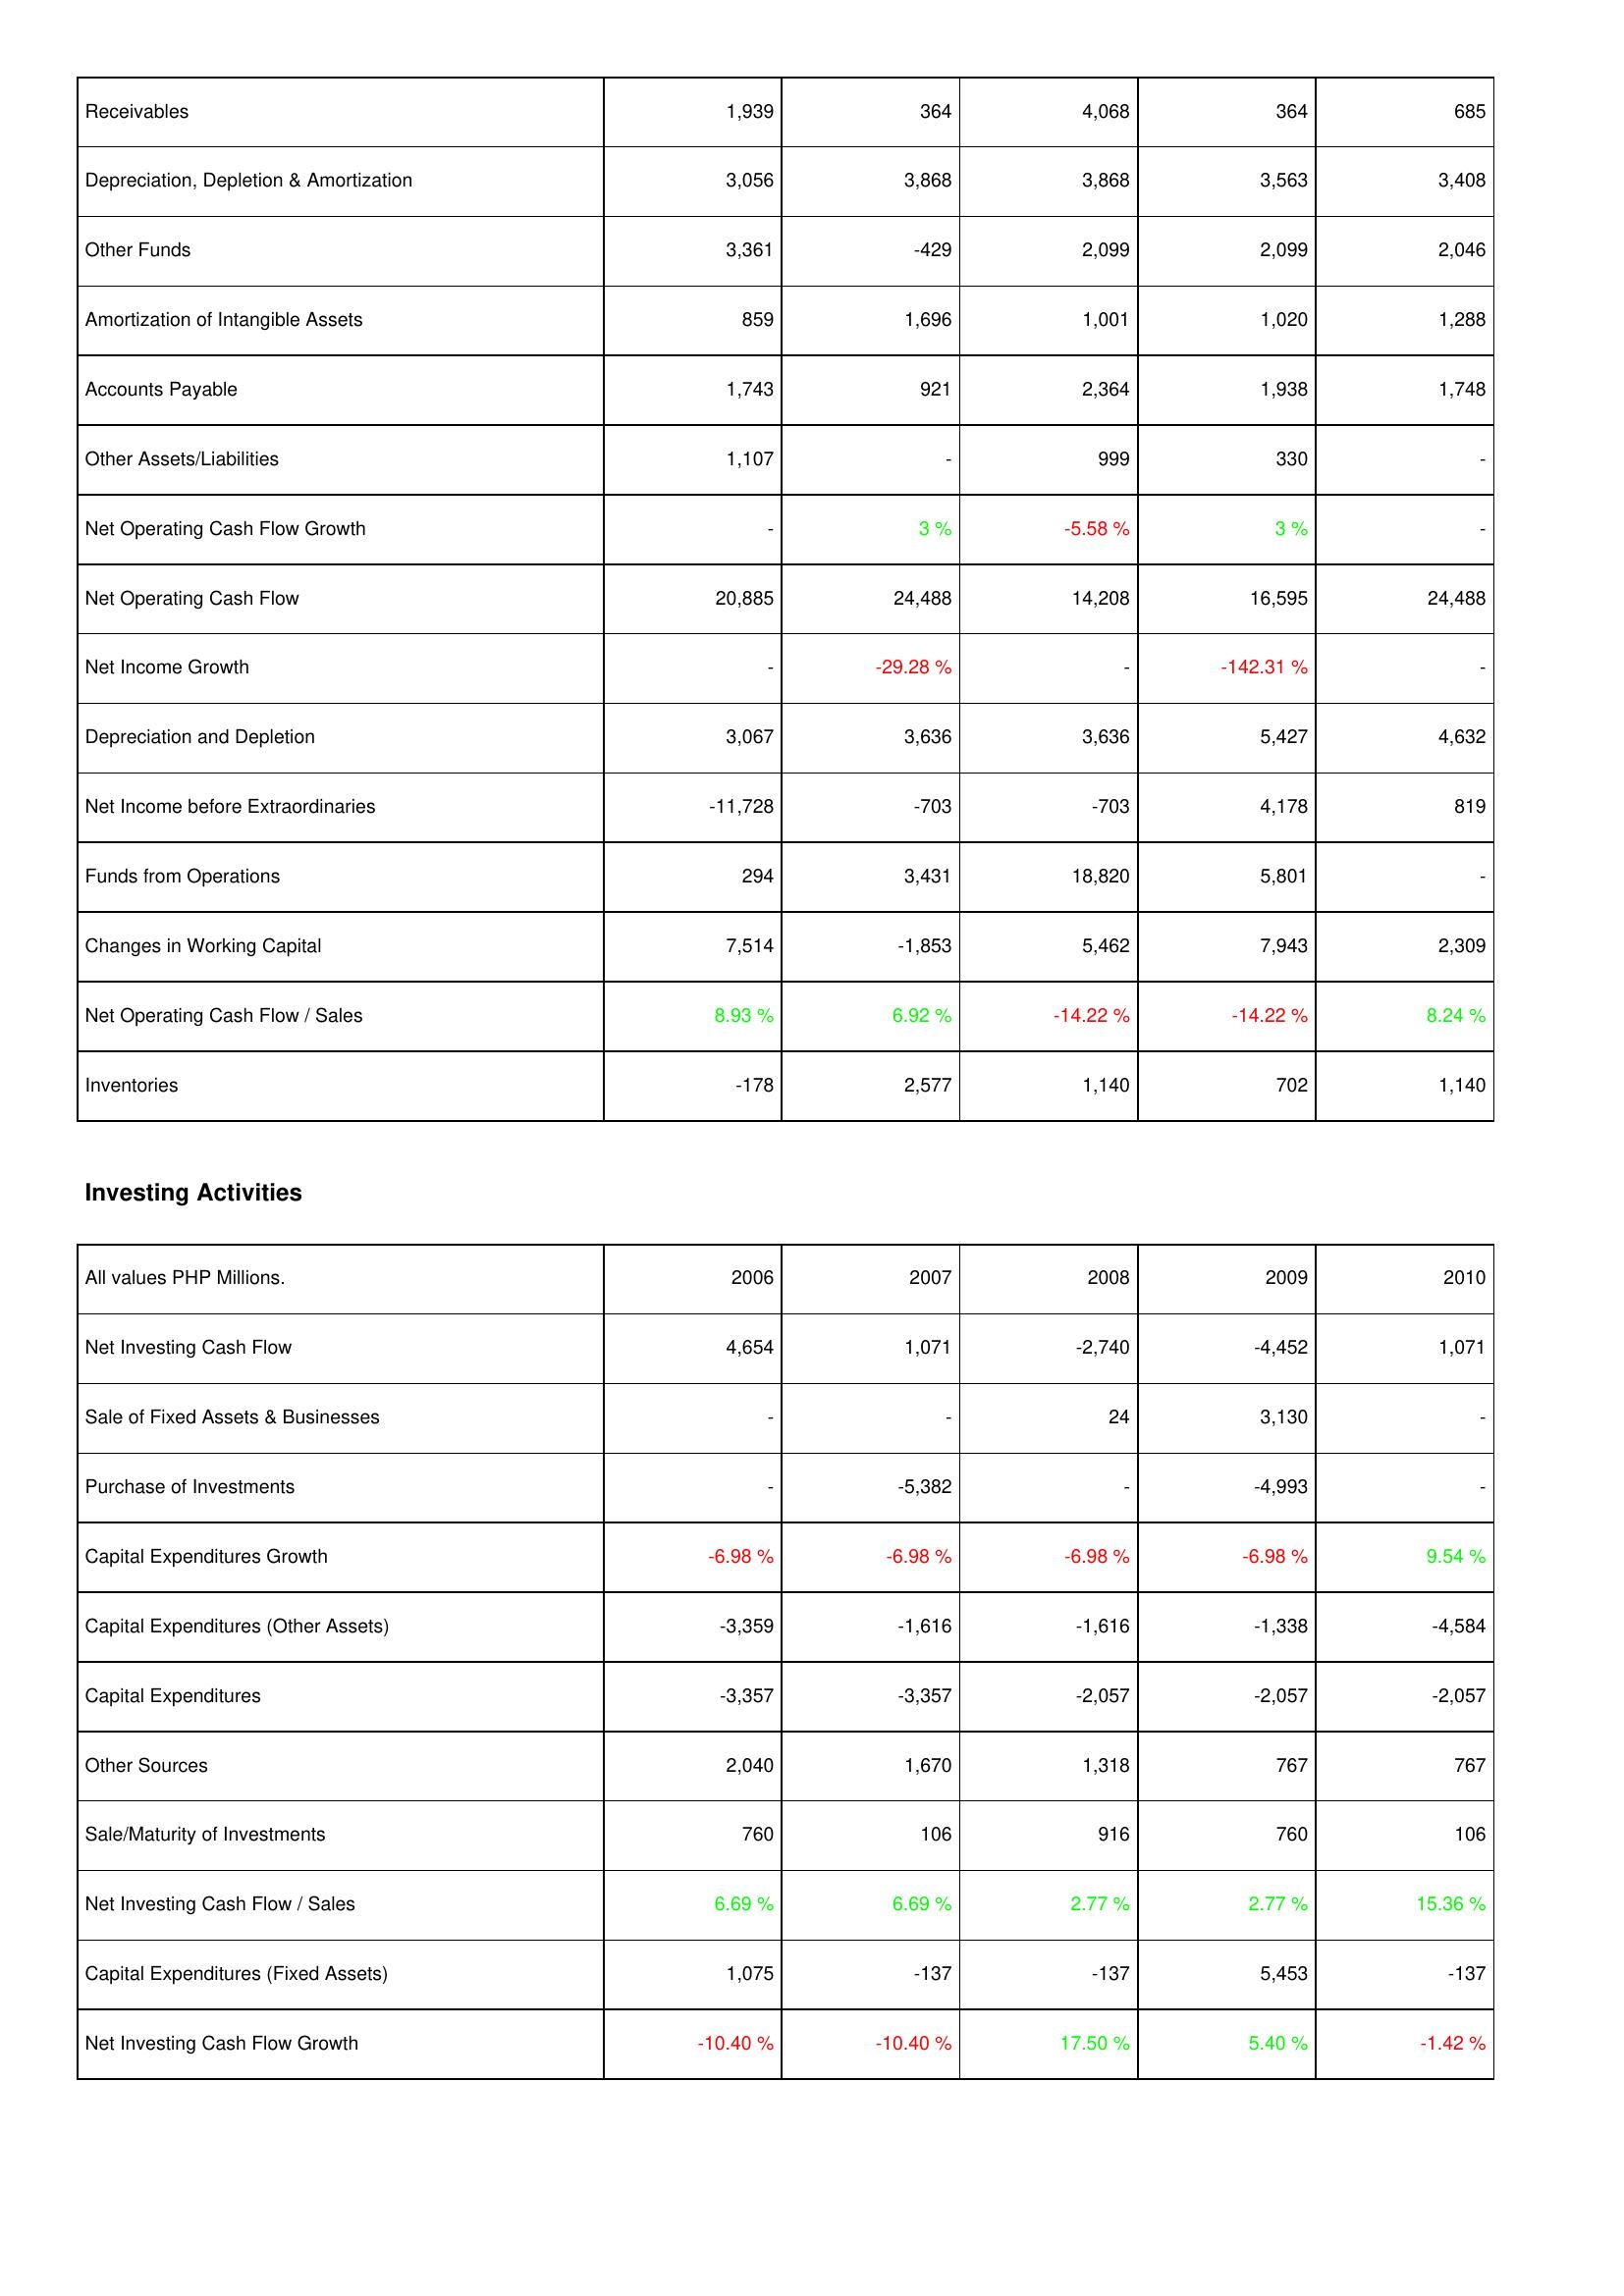
2006: Operating Activities: Receivables: 1,939
Depreciation, Depletion & Amortization: 3,056
Other Funds: 3,361
Amortization of Intangible Assets: 859
Accounts Payable: 1,743
Other Assets/Liabilities: 1,107
Net Operating Cash Flow Growth: -
Net Operating Cash Flow: 20,885
Net Income Growth: -
Depreciation and Depletion: 3,067
Net Income before Extraordinaries: -11,728
Funds from Operations: 294
Changes in Working Capital: 7,514
Net Operating Cash Flow / Sales: 8.93 %
Inventories: -178
Investing Activities: Net Investing Cash Flow: 4,654
Sale of Fixed Assets & Businesses: -
Purchase of Investments: -
Capital Expenditures Growth: -6.98 %
Capital Expenditures (Other Assets): -3,359
Capital Expenditures: -3,357
Other Sources: 2,040
Sale/Maturity of Investments: 760
Net Investing Cash Flow / Sales: 6.69 %
Capital Expenditures (Fixed Assets): 1,075
Net Investing Cash Flow Growth: -10.40 %
2007: Operating Activities: Receivables: 364
Depreciation, Depletion & Amortization: 3,868
Other Funds: -429
Amortization of Intangible Assets: 1,696
Accounts Payable: 921
Other Assets/Liabilities: -
Net Operating Cash Flow Growth: 3 %
Net Operating Cash Flow: 24,488
Net Income Growth: -29.28 %
Depreciation and Depletion: 3,636
Net Income before Extraordinaries: -703
Funds from Operations: 3,431
Changes in Working Capital: -1,853
Net Operating Cash Flow / Sales: 6.92 %
Inventories: 2,577
Investing Activities: Net Investing Cash Flow: 1,071
Sale of Fixed Assets & Businesses: -
Purchase of Investments: -5,382
Capital Expenditures Growth: -6.98 %
Capital Expenditures (Other Assets): -1,616
Capital Expenditures: -3,357
Other Sources: 1,670
Sale/Maturity of Investments: 106
Net Investing Cash Flow / Sales: 6.69 %
Capital Expenditures (Fixed Assets): -137
Net Investing Cash Flow Growth: -10.40 %
2008: Operating Activities: Receivables: 4,068
Depreciation, Depletion & Amortization: 3,868
Other Funds: 2,099
Amortization of Intangible Assets: 1,001
Accounts Payable: 2,364
Other Assets/Liabilities: 999
Net Operating Cash Flow Growth: -5.58 %
Net Operating Cash Flow: 14,208
Net Income Growth: -
Depreciation and Depletion: 3,636
Net Income before Extraordinaries: -703
Funds from Operations: 18,820
Changes in Working Capital: 5,462
Net Operating Cash Flow / Sales: -14.22 %
Inventories: 1,140
Investing Activities: Net Investing Cash Flow: -2,740
Sale of Fixed Assets & Businesses: 24
Purchase of Investments: -
Capital Expenditures Growth: -6.98 %
Capital Expenditures (Other Assets): -1,616
Capital Expenditures: -2,057
Other Sources: 1,318
Sale/Maturity of Investments: 916
Net Investing Cash Flow / Sales: 2.77 %
Capital Expenditures (Fixed Assets): -137
Net Investing Cash Flow Growth: 17.50 %
2009: Operating Activities: Receivables: 364
Depreciation, Depletion & Amortization: 3,563
Other Funds: 2,099
Amortization of Intangible Assets: 1,020
Accounts Payable: 1,938
Other Assets/Liabilities: 330
Net Operating Cash Flow Growth: 3 %
Net Operating Cash Flow: 16,595
Net Income Growth: -142.31 %
Depreciation and Depletion: 5,427
Net Income before Extraordinaries: 4,178
Funds from Operations: 5,801
Changes in Working Capital: 7,943
Net Operating Cash Flow / Sales: -14.22 %
Inventories: 702
Investing Activities: Net Investing Cash Flow: -4,452
Sale of Fixed Assets & Businesses: 3,130
Purchase of Investments: -4,993
Capital Expenditures Growth: -6.98 %
Capital Expenditures (Other Assets): -1,338
Capital Expenditures: -2,057
Other Sources: 767
Sale/Maturity of Investments: 760
Net Investing Cash Flow / Sales: 2.77 %
Capital Expenditures (Fixed Assets): 5,453
Net Investing Cash Flow Growth: 5.40 %
2010: Operating Activities: Receivables: 685
Depreciation, Depletion & Amortization: 3,408
Other Funds: 2,046
Amortization of Intangible Assets: 1,288
Accounts Payable: 1,748
Other Assets/Liabilities: -
Net Operating Cash Flow Growth: -
Net Operating Cash Flow: 24,488
Net Income Growth: -
Depreciation and Depletion: 4,632
Net Income before Extraordinaries: 819
Funds from Operations: -
Changes in Working Capital: 2,309
Net Operating Cash Flow / Sales: 8.24 %
Inventories: 1,140
Investing Activities: Net Investing Cash Flow: 1,071
Sale of Fixed Assets & Businesses: -
Purchase of Investments: -
Capital Expenditures Growth: 9.54 %
Capital Expenditures (Other Assets): -4,584
Capital Expenditures: -2,057
Other Sources: 767
Sale/Maturity of Investments: 106
Net Investing Cash Flow / Sales: 15.36 %
Capital Expenditures (Fixed Assets): -137
Net Investing Cash Flow Growth: -1.42 %